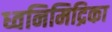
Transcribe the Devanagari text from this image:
ध्वनिमिद्रिका